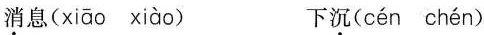
消息( xiāo xiào ) 下沉( cén chén )